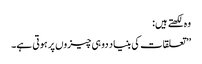
وہ لکھتے ہیں:
’’تعلقات کی بنیاد دو ہی چیزوں پر ہوتی ہے۔